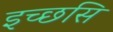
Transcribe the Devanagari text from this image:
इच्छसि